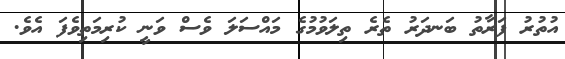
އުތުރު ފަރާތު ބަނދަރު ތެރެ ތިލަވުުމުގެ މައްސަލަ ވެސް ވަނީ ކުރިމަތިވެފަ އެވެ.